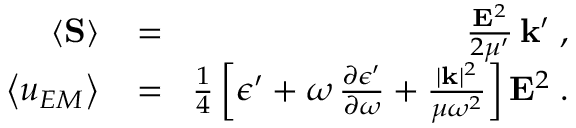
\begin{array} { r l r } { \left\langle { \bf { S } } \right\rangle \! } & { { } = } & { \! \frac { { \bf { E } } ^ { 2 } } { 2 \mu ^ { \prime } } \, { \bf k } ^ { \prime } \; , } \\ { \left\langle u _ { E M } \right\rangle \! } & { { } = } & { \! \frac { 1 } { 4 } \left[ \epsilon ^ { \prime } + \omega \, \frac { \partial \epsilon ^ { \prime } } { \partial \omega } + \frac { | { \bf { k } } | ^ { 2 } } { \mu \omega ^ { 2 } } \right] { \bf { E } } ^ { 2 } \; . } \end{array}